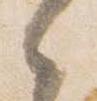
之